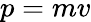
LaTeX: p=mv